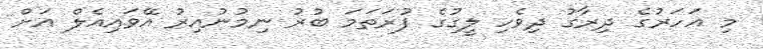
މި އަހަރުގެ ދިރާގު ދިވެހި ލީގުގެ ފުރަތަމަ ބުރު ނިމުނުއިރު އޭވައިއެލް އަށް